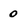
Character: 0